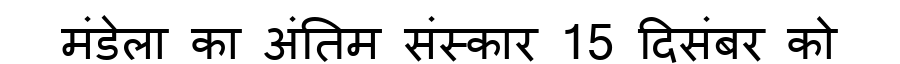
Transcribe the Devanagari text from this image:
मंडेला का अंतिम संस्कार 15 दिसंबर को